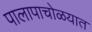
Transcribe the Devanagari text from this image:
पालापाचोळयात